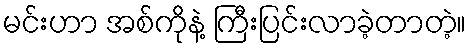
မင်းဟာ အစ်ကိုနဲ့ ကြီးပြင်းလာခဲ့တာတဲ့။